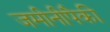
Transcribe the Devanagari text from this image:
जमीनीपैकी